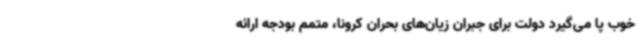
خوب پا می‌گیرد دولت برای جبران زیان‌های بحران کرونا، متمم بودجه ارائه